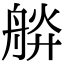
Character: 𦩎